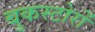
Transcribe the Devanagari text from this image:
बुकस्टोरों